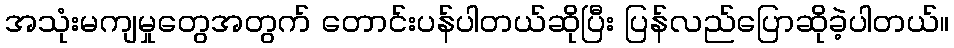
အသုံးမကျမှုတွေအတွက် တောင်းပန်ပါတယ်ဆိုပြီး ပြန်လည်ပြောဆိုခဲ့ပါတယ်။